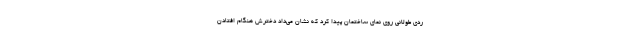
ردی طولانی روی نمای ساختمان پیدا کرد که نشان می‌داد دخترش هنگام افتادن